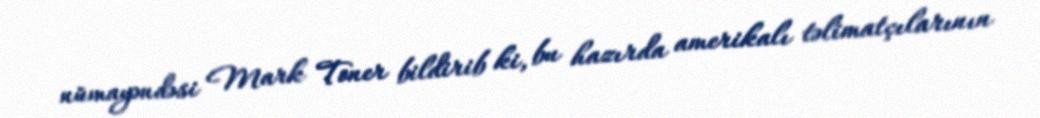
nümayəndəsi Mark Toner bildirib ki, bu hazırda amerikalı təlimatçılarının